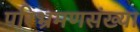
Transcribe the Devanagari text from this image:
परिभ्रमणसंख्या